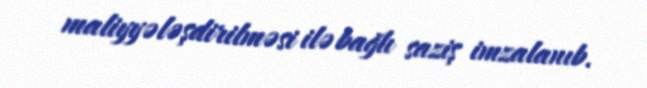
maliyyələşdirilməsi ilə bağlı saziş imzalanıb.